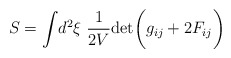
\begin{align*}S=\int\! d^2\xi\ {1\over 2V} {\rm det} \biggl ( g_{ij}+2F_{ij}\biggr )\end{align*}